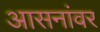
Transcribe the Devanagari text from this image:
आसनांवर